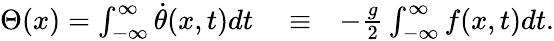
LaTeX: \begin{array}{rlr}{\Theta(x)=\int_{-\infty}^{\infty}\dot{\theta}(x,t)dt}&{{}\equiv}&{-\frac{g}{2}\int_{-\infty}^{\infty}f(x,t)dt.}\end{array}